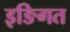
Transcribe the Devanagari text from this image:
इङिगत